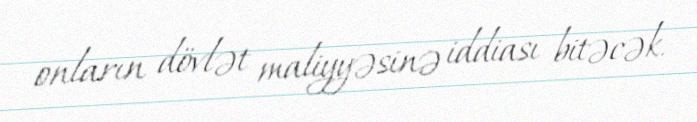
onların dövlət maliyyəsinə iddiası bitəcək.